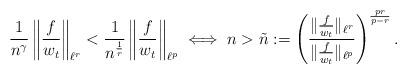
LaTeX: \begin{align*} \frac{1}{n^{\gamma}} \, \bigg\| \frac{f}{w_t} \bigg\|_{\ell^{r}}< \frac{1}{n^{\frac{1}{r}}} \, \bigg\| \frac{f}{w_t} \bigg\|_{\ell^{p}}\iff n > \tilde{n} := \Bigg(\frac{\|\frac{f}{w_{t}}\|_{\ell^r}}{\|\frac{f}{w_{t}}\|_{\ell^p}}\Bigg)^{\frac{pr}{p-r}} \,.\end{align*}